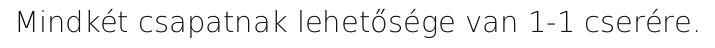
Mindkét csapatnak lehetősége van 1-1 cserére.